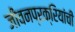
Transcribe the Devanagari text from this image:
जीवनप्रक्रियांची